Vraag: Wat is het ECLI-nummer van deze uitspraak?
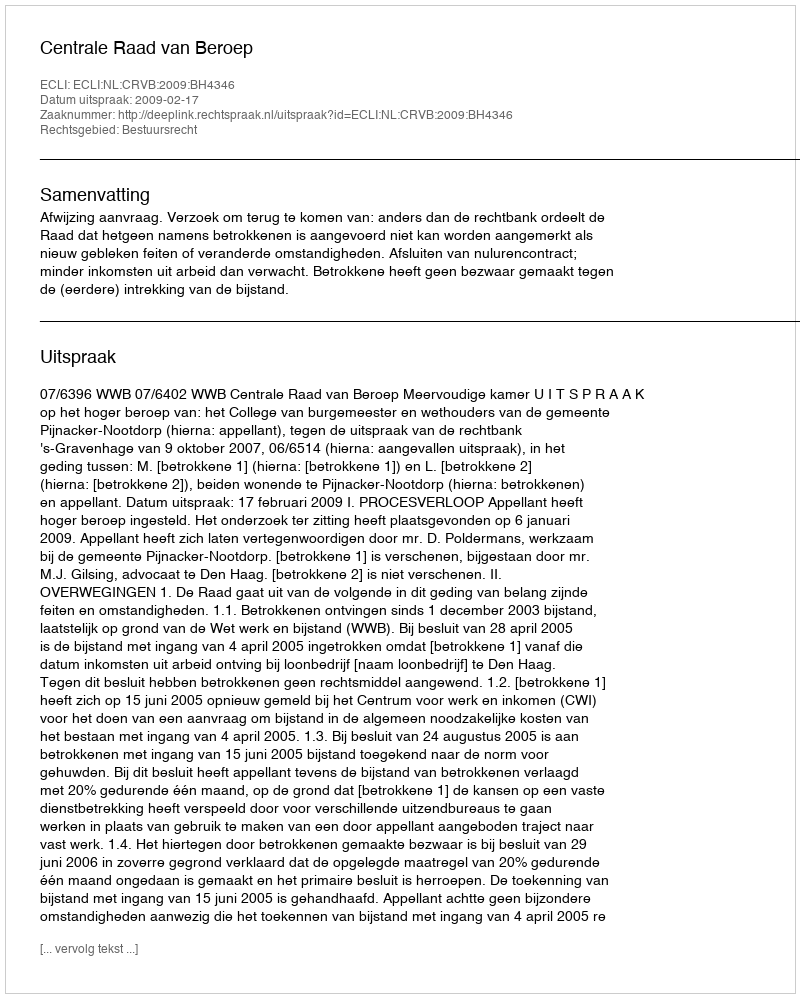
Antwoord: ECLI:NL:CRVB:2009:BH4346